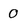
Character: 0